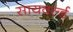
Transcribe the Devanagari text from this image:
सायवर्ल्ड